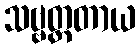
သဗ္ဗတ္ထတာယ